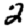
Digit: 2